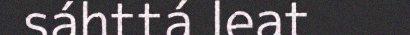
sáhttá leat